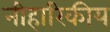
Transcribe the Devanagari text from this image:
नीहारिकीय